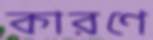
কারণে